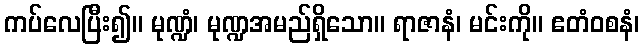
ကပ်လေပြီး၍။ မုဏ္ဍံ၊ မုဏ္ဍအမည်ရှိသော။ ရာဇာနံ၊ မင်းကို။ ဧတံဝစနံ၊